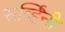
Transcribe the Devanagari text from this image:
सर्व्हिनी